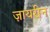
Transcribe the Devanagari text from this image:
ज़ायरीन